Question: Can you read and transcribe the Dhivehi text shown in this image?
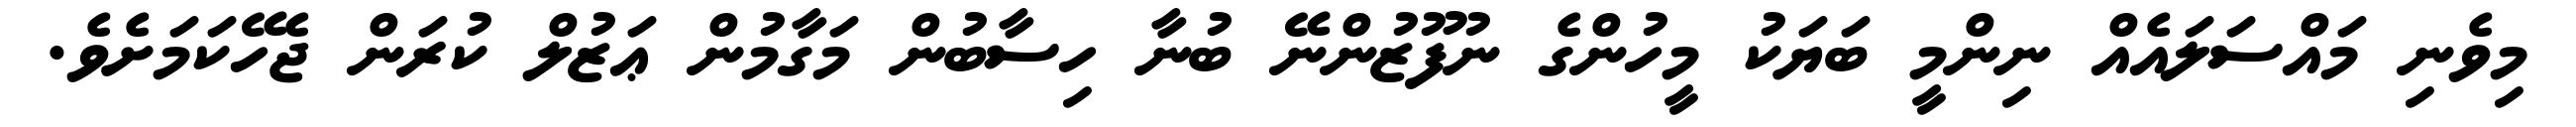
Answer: މިވެނި މައްސަލައެއް ނިންމީ ބަޔަކު މީހުންގެ ނުފޫޒުންނޭ ބުނާ ހިސާބުން މަގާމުން ޢަޒުލް ކުރަން ޖެހޭކަމަށެވެ.